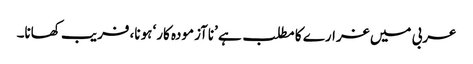
عربی میں غرارے کا مطلب ہے ’ناآزمودہ کار‘ ہونا، فریب کھانا۔